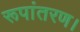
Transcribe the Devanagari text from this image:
रूपांतरण।